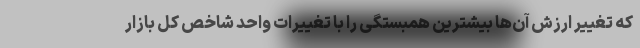
که تغییر ارزش آن‌ها بیشترین همبستگی را با تغییرات واحد شاخص کل بازار